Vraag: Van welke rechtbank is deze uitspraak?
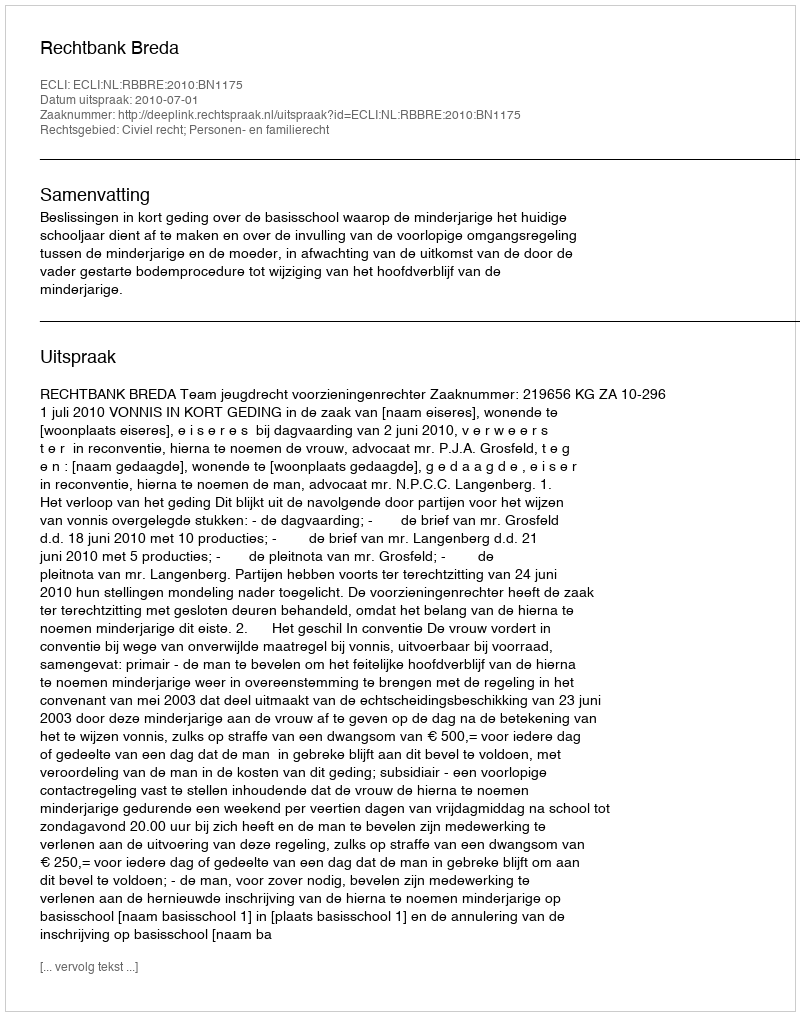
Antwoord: Rechtbank Breda